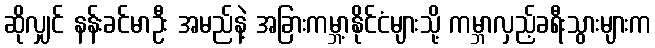
ဆိုလျှင် နန်းခင်မာဦး အမည်နဲ့ အခြားကမ္ဘာ့နိုင်ငံများသို့ ကမ္ဘာလှည့်ခရီးသွားများက